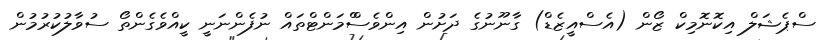
ސްޕެޝަލް އިކޮނޮމިކް ޒޯން (އެސްއީޒެޑް) ގާނޫނުގެ ދަށުން އިންވެސްްމަންޓްތައް ނުފެންނަނީ ކީއްވެގެންތޯ ސުވާލުކުރުމުން